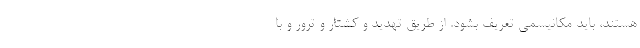
هستند، بايد مكانيسمي تعريف بشود. از طريق تهديد و كشتار و ترور و با